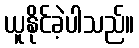
ယူနိုင်ခဲ့ပါသည်။